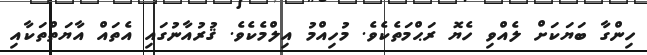
ހިންގާ ބަޔަކަށް ލެއްވި ހެޔޮ ރަޙްމަތެކެވެ. މުހިއްމު އިލްމެކެވެ. ޤުރުއާނުގައި އެތައް އާޔަތްތަކާއި